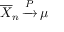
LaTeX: \displaystyle { \overline { { X } } } _ { n } \, { \xrightarrow { P } } \, \mu